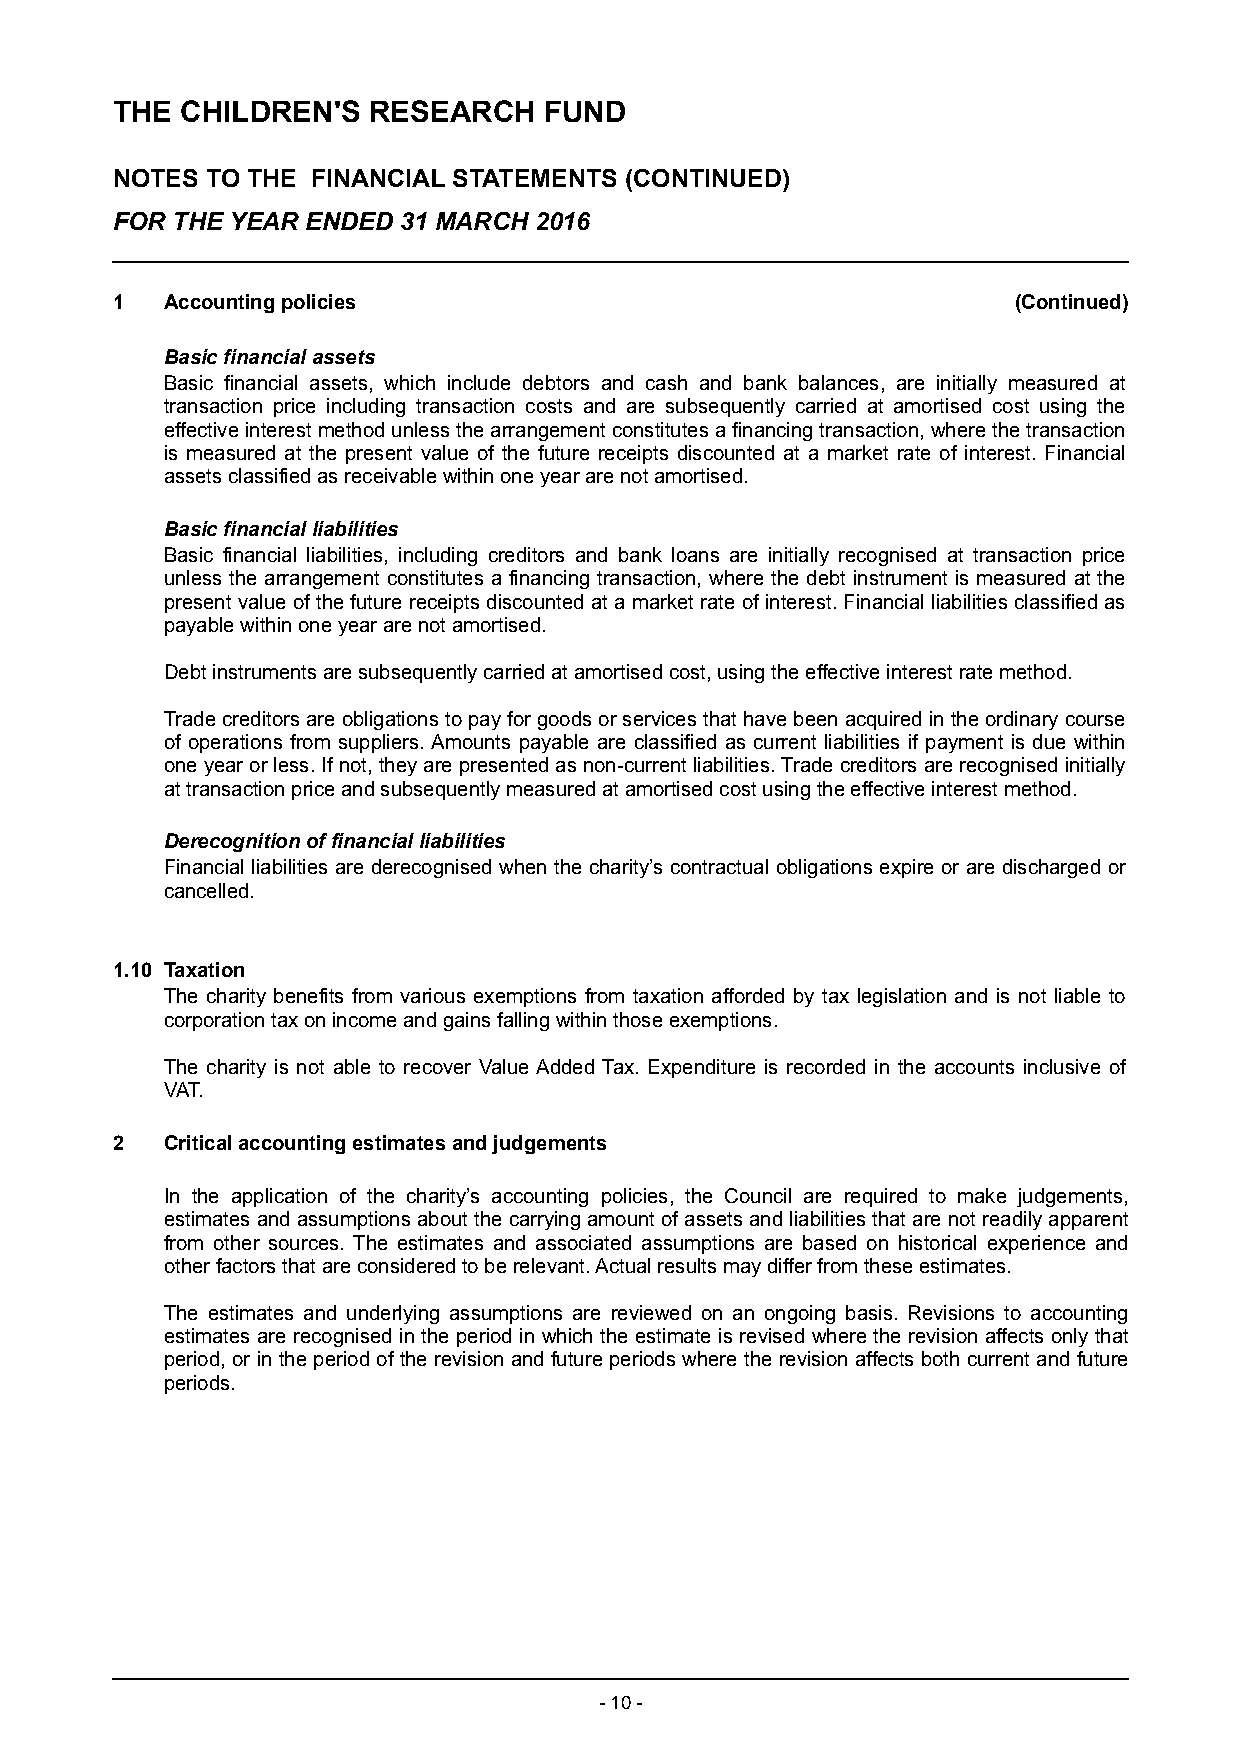
THE  CHILDREN'S  RESEARCH    FUND
 NOTES  TO THE FINANCIAL STATEMENTS (CONTINUED)
 FOR THE YEAR ENDED 31 MARCH 2016
 1   Accounting policies                                     (Continued)
 Basic financial assets
 Basic financial assets, which include debtors and cash and bank balances, are initially measured at
 transaction price including transaction costs and are subsequently carried at amortised cost using the
 effective interest method unless the arrangement constitutes a financing transaction, where the transaction
 is measured at the present value of the future receipts discounted at a market rate of interest. Financial
 assets classified as receivable within one year are not amortised.
 Basic financial liabilities
 Basic financial liabilities, including creditors and bank loans are initially recognised at transaction price
 unless the arrangement constitutes a financing transaction, where the debt instrument is measured at the
 present value of the future receipts discounted at a market rate of interest. Financial liabilities classified as
 payable within one year are not amortised.
 Debt instruments are subsequently carried at amortised cost, using the effective interest rate method.
 Trade creditors are obligations to pay for goods or services that have been acquired in the ordinary course
 of o perations f rom suppliers. Amounts payable are classified as current liabilities if payment is due within
 one year or less. If not, they are presented as non-current liabilities. Trade creditors are recognised initially
 at transaction price and subsequently measured at amortised cost using the effective interest method.
 Derecognition of financial liabilities
 Financial liabilities are derecognised when the charity’s contractual obligations expire or are discharged or
 cancelled.
 1.10 Ta xation
 Th e charity benefits from various exemptions from taxation afforded by tax legislation and is not liable to
 corporation tax on income and gains falling within those exemptions.
 The charity is not able to recover Value Added Tax. Expenditure is recorded in the accounts inclusive of
 VAT.
 2   Critical accounting estimates and judgements
 In the application of the charity’s accounting policies, the Council are required to make judgements,
 estimates and assumptions about the carrying amount of assets and liabilities that are not readily apparent
 from other sources. The estimates and associated assumptions are based on historical experience and
 other factors that are considered to be relevant. Actual results may differ from these estimates.
 The estimates and underlying assumptions are reviewed on an ongoing basis. Revisions to accounting
 estimates are recognised in the period in which the estimate is revised where the revision affects only that
 period, or in the period of the revision and future periods where the revision affects both current and future
 periods.
 - 10 -